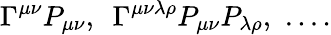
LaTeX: \Gamma^{\mu\nu}P_{\mu\nu},\, \, \, \Gamma^{\mu\nu\lambda\rho}P_{\mu\nu}P_{\lambda\rho},\, \, ....